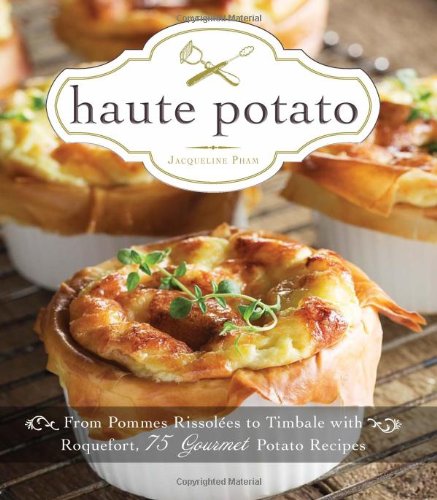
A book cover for Haute Potato: From Pommes Rissolees to Timbale with Roquefort, 75 Gourmet Potato Recipes; Jacqueline Pham; Cookbooks, Food & Wine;